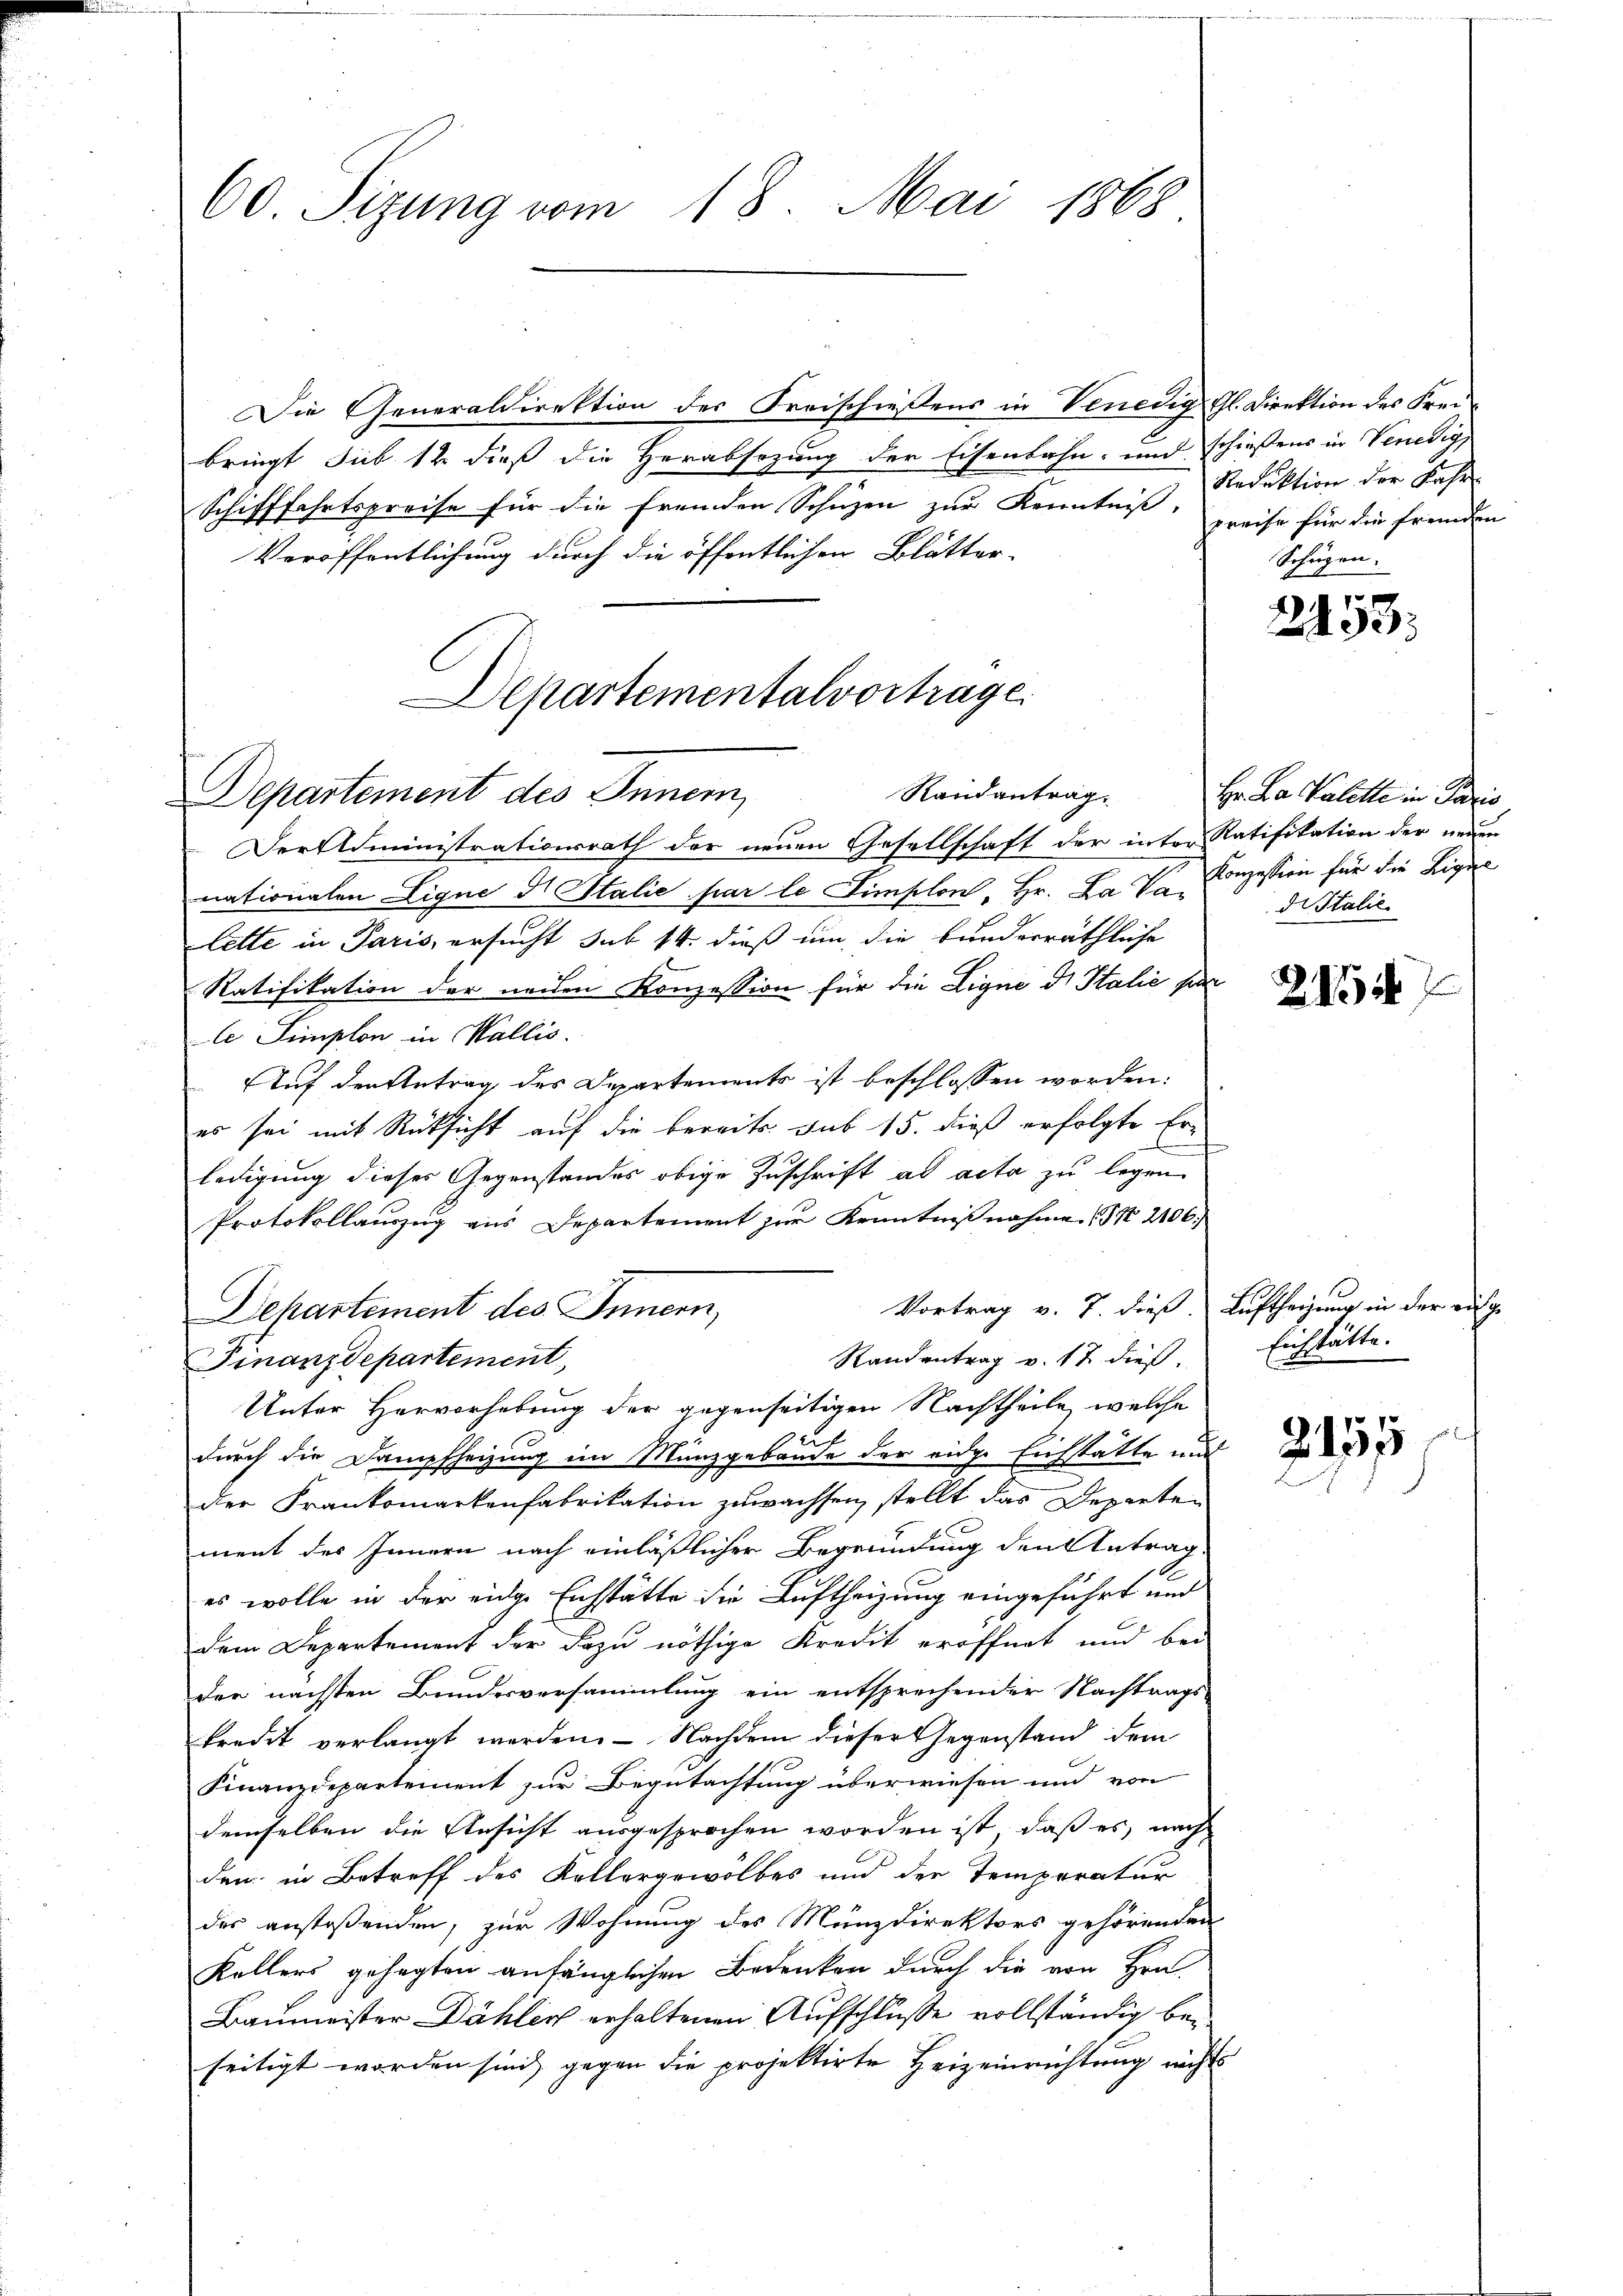
60 Sizung vom 18. Mai 1868

Die Generaldirektion der Freischießens in Venedig Gl. Direktion des Frei-
bringt sub 12 dieß die Herabsezung der Eisenbahn- und schießens in Venedig
Schifffahrtspreise für die fremden Schüzen zur Kenntniß,
Veröffentlichung durch die öffentlichen Blätter-
Departementalvortrage.

Randantrag.
Departement des Inner,

Der Administrationsrath der neuen Gesellschaft der inter Ratifikation der neuen
nationalen Ligne di Stalie par le Simplon, Hr. La Parzession für die Ligen
lette in Paris, ersucht sub 14. dieß um die bunderräthliche
Ratifikation der neuen Konzession für die Ligne d. Stalie par
le Simplon in Wallis.
Auf den Antrag des Departements ist beschlossen worden:
es sei mit Rücksicht auf die bereits sub 15. dieß erfolgte Er-
e
ledigung dieses Gegenstandes obige Zuschrift ad acta zu legen
Protokollauszug aus Departement zur Kenntnißnahme (§ 2106.
Vortrag v. 7. dieß. Luftheizung in der aufge
Departement des Innern,
Randantrag v. 17 dieß
Finanzdepartement,
Unter Hervorhebung der gegenseitigen Nachtheile, welche
durch die Dampfheizung im Münzgebäude der eidge Eichstätte und
der Frankomarkenfabrikation zuwachsen, stellt das Departen
ment des Innern nach einläßlicher Begründung den Antrag
es wolle in der eidge Einsstätte die Luftheizung eingeführt und
dem Departement der dazu nöthige Kredit eröffnet und bei
der nächsten Bundesversammlung ein entsprechender Nachtrags-
kredit verlangt werden. — Nachdem dieser Gegenstand dem
Finanzdepartement zur Begutachtung überwiesen und von
demselben die Ansicht ausgesprochen worden ist, daß es, nach
den in Betreff des Kollergewölbes und der Temperatur
der anstoßenden, zur Wohnung des Münzdirektors gehörenden
Kellers gesagten anfänglichen Bedenken durch die von Hrn.
Baumeister Dähler erhaltenen Aufschlusse vollständig beseitigt worden sind, gegen die projektirte Heizeinrichtung nicht

Reduktion der Kase
preise für die fremden
Schüzen.

2155.

Hr. Da Kalette in Paris
di Italie
2154

Eichstätte.

Z. 151